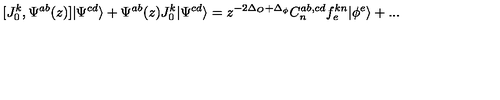
[ J _ { 0 } ^ { k } , \Psi ^ { a b } ( z ) ] | \Psi ^ { c d } \rangle + \Psi ^ { a b } ( z ) J _ { 0 } ^ { k } | \Psi ^ { c d } \rangle = z ^ { - 2 \Delta _ { O } + \Delta _ { \phi } } C _ { n } ^ { a b , c d } f _ { e } ^ { k n } | \phi ^ { e } \rangle + . . .